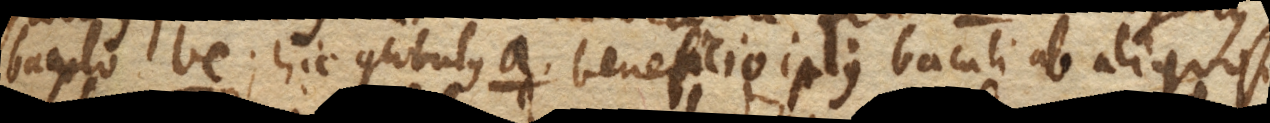
baculo bc; hic globulus a. beneficio istius baculi ab aliquo (si